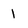
Character: 1